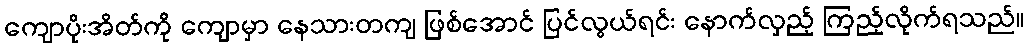
ကျောပိုးအိတ်ကို ကျောမှာ နေသားတကျ ဖြစ်အောင် ပြင်လွယ်ရင်း နောက်လှည့် ကြည့်လိုက်ရသည်။